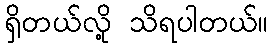
ရှိတယ်လို့ သိရပါတယ်။